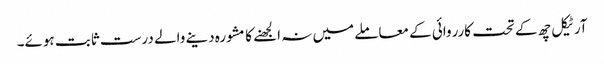
آرٹیکل چھ کے تحت کارروائی کے معاملے میں نہ الجھنے کا مشورہ دینے والے درست ثابت ہوئے۔